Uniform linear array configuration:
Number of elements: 32
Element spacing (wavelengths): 0.5
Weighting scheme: cosine
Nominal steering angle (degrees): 30
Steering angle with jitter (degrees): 30.68
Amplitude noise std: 0.05
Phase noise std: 0.05

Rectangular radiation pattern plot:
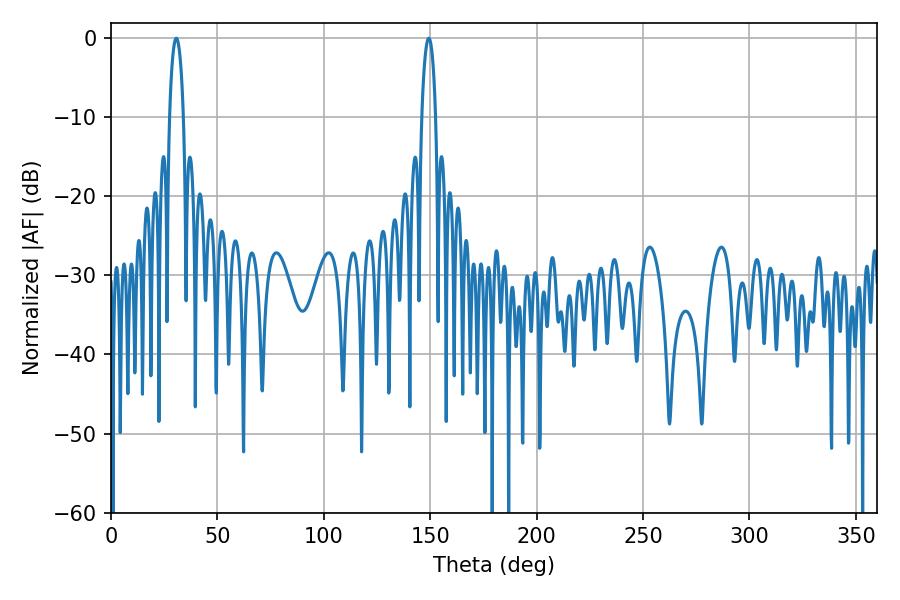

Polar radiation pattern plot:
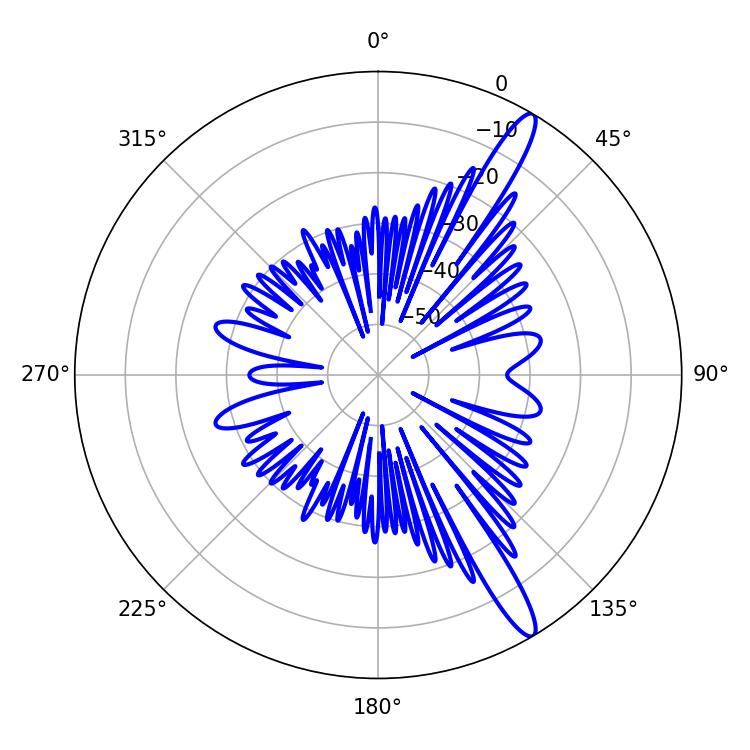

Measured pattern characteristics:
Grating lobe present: FALSE
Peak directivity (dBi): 14.302
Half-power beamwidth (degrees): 3.78
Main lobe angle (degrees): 30.6